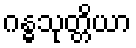
ဂန္ဓသုတ္တိယာ